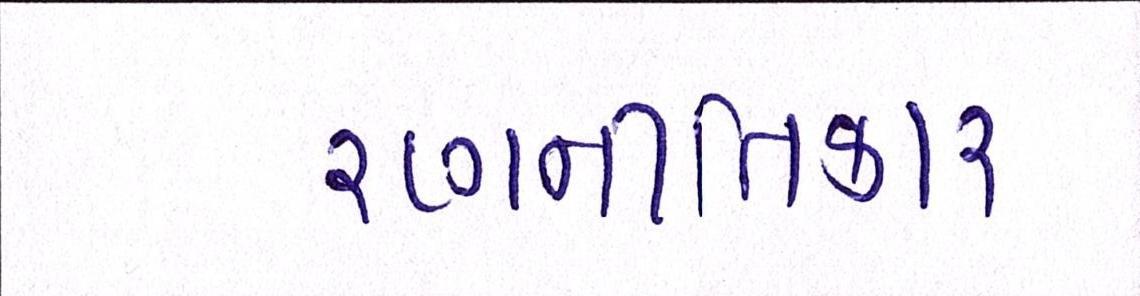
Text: રણનીતિકાર